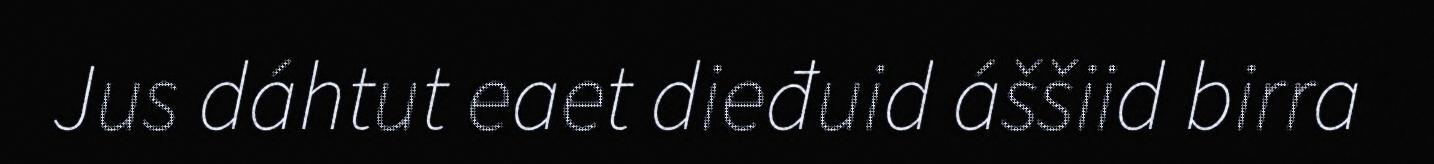
Jus dáhtut eaet dieđuid áššiid birra